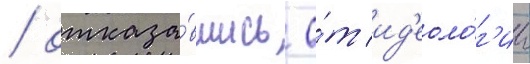
/ отказа́вшись о́т ид'еоло́г'ии